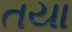
તયા